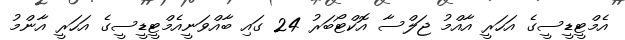
އެމްޓީޑީސީގެ އަހަރީ އާއްމު ޖަލްސާ އޮކްޓޯބަރު 24 ގައި ބާއްވަނީއެމްޓީޑީސީގެ އަހަރީ އާންމު